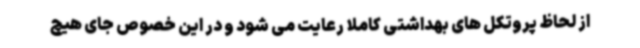
از لحاظ پروتکل های بهداشتی کاملا رعایت می شود و در این خصوص جای هیچ